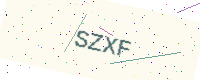
Text: SZXF